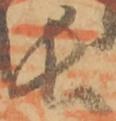
長